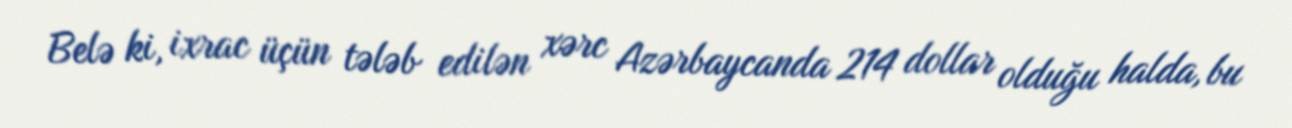
Belə ki, ixrac üçün tələb edilən xərc Azərbaycanda 214 dollar olduğu halda, bu